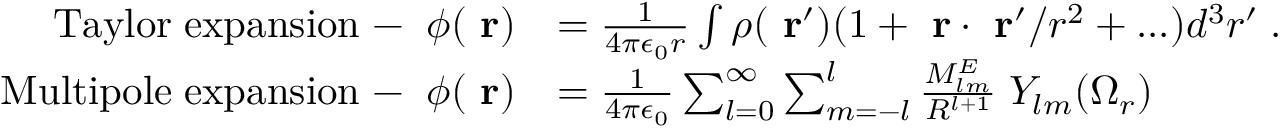
\begin{array} { r l } { \mathrm { T a y l o r \; e x p a n s i o n \; - \; \; } \phi ( \mathrm { \bf ~ r } ) } & { = \frac { 1 } { 4 \pi \epsilon _ { 0 } r } \int \rho ( \mathrm { \bf ~ r } ^ { \prime } ) ( 1 + \mathrm { \bf ~ r } \cdot \mathrm { \bf ~ r } ^ { \prime } / r ^ { 2 } + . . . ) d ^ { 3 } r ^ { \prime } \; . } \\ { \mathrm { M u l t i p o l e \; e x p a n s i o n \; - \; \; } \phi ( \mathrm { \bf ~ r } ) } & { = \frac { 1 } { 4 \pi \epsilon _ { 0 } } \sum _ { l = 0 } ^ { \infty } \sum _ { m = - l } ^ { l } \frac { M _ { l m } ^ { E } } { R ^ { l + 1 } } \; Y _ { l m } ( \Omega _ { r } ) } \end{array}